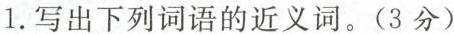
1.写出下列词语的近义词。（3分）